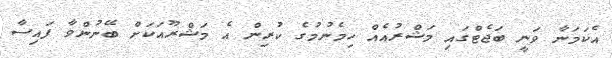
އެކަމަނާ ވަނީ ބަޖެޓްގައި މަޝްރުއެއް ހިމެނުމުގެ ކުރިން އެ މަޝްރޫއަކަށް ބޭނުންވާ ފައިސާ